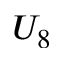
U _ { 8 }